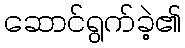
ဆောင်ရွက်ခဲ့၏